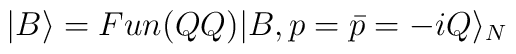
|B \rangle=Fun(QQ) |B, p=\bar{p}=-iQ \rangle_{N}